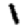
Digit: 1